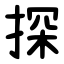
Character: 探